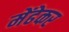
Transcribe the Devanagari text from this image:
मेंढेकर